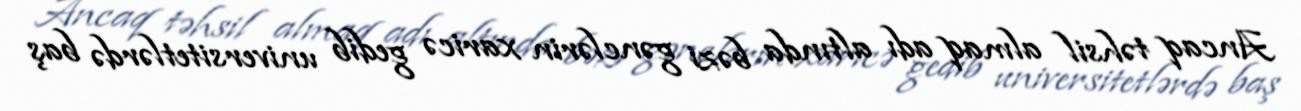
Ancaq təhsil almaq adı altında bəzi gənclərin xaricə gedib universitetlərdə baş